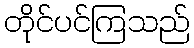
တိုင်ပင်ကြသည်